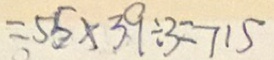
= 5 5 \times 3 9 \div 3 = 7 1 5